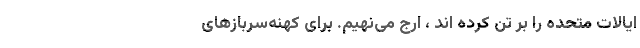
ایالات متحده را بر تن کرده اند ، ارج می‌نهیم. برای کهنه‌سربازهای